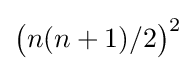
{\bigl (}n(n+1)/2{\bigr )}^{2}